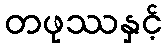
တဖုဿနှင့်